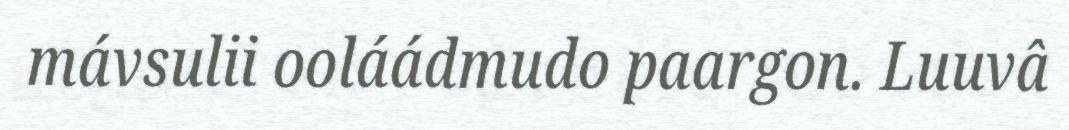
mávsulii ooláádmudo paargon. Luuvâ